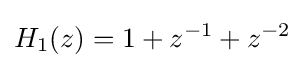
H_{1}(z)=1+z^{-1}+z^{-2}